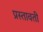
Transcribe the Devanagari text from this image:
प्रस्तावती